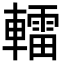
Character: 𨎿